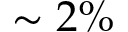
\sim 2 \%